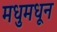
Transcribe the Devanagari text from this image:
मधुमधून